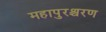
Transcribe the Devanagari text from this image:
महापुरश्चरण